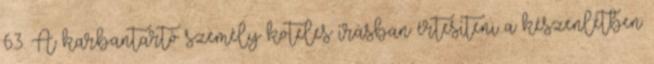
6.3. A karbantartó személy köteles írásban értesíteni a készenlétben